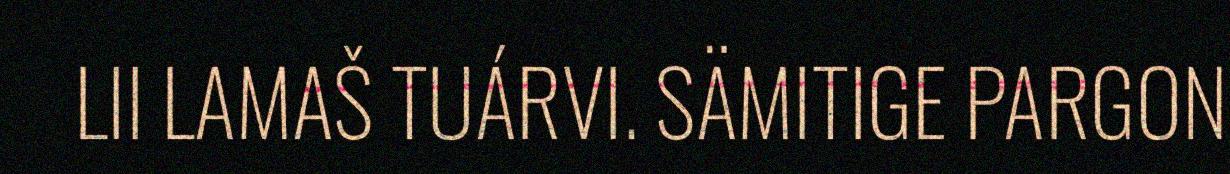
LII LAMAŠ TUÁRVI. SÄMITIGE PARGON